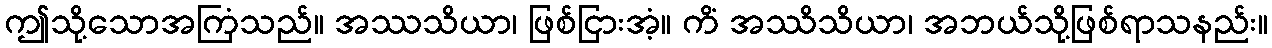
ဤသို့သောအကြံသည်။ အဿသိယာ၊ ဖြစ်ငြားအံ့။ ကိံ အဿိသိယာ၊ အဘယ်သို့ဖြစ်ရာသနည်း။